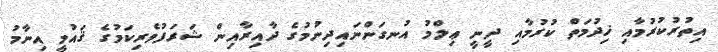
އިތުރުކުރުމާއި ޚިދުމަތް ކުރުމާއި ދީނީ ޢިލްމު އުނގަންނައިދިނުމުގެ ދާއިރާއިން ޝަރަފުވެރިކަމުގެ ޤައުމީ އިނާމު